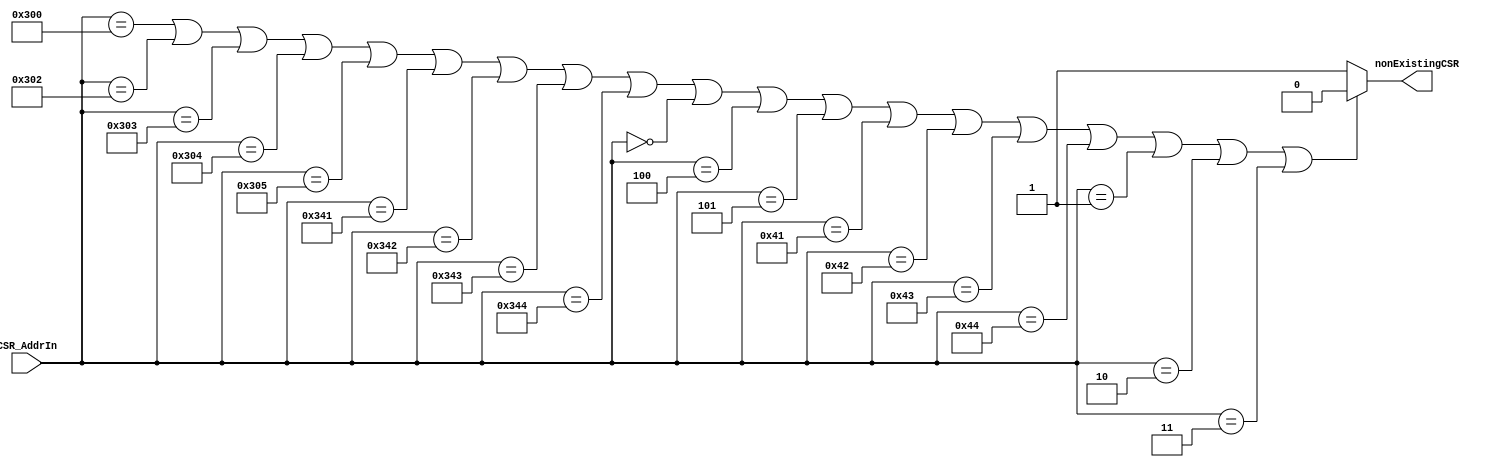
// **************************************************************************************
// Project: AFTAB
// Version: 1.0
// Date:
//
// Module Name: aftab_check_non_existing
// Description:
//
// Dependencies:
//
// File content description:
// aftab_check_non_existing for AFTAB interrupt
//
// **************************************************************************************
`timescale 1ns/1ns

module aftab_check_non_existing (
	input [11:0] CSR_AddrIn,
    output nonExistingCSR
);

	assign nonExistingCSR = (
				CSR_AddrIn == 12'h300 || CSR_AddrIn == 12'h302 ||
				CSR_AddrIn == 12'h303 || CSR_AddrIn == 12'h304 ||
				CSR_AddrIn == 12'h305 || CSR_AddrIn == 12'h341 ||
				CSR_AddrIn == 12'h342 || CSR_AddrIn == 12'h343 ||
				CSR_AddrIn == 12'h344 || CSR_AddrIn == 12'h000 ||
				CSR_AddrIn == 12'h004 || CSR_AddrIn == 12'h005 ||
				CSR_AddrIn == 12'h041 || CSR_AddrIn == 12'h042 ||
				CSR_AddrIn == 12'h043 || CSR_AddrIn == 12'h044 ||
				CSR_AddrIn == 12'h001 || CSR_AddrIn == 12'h002 ||
				CSR_AddrIn == 12'h003 
				) ? 1'b0 : 1'b1;

endmodule